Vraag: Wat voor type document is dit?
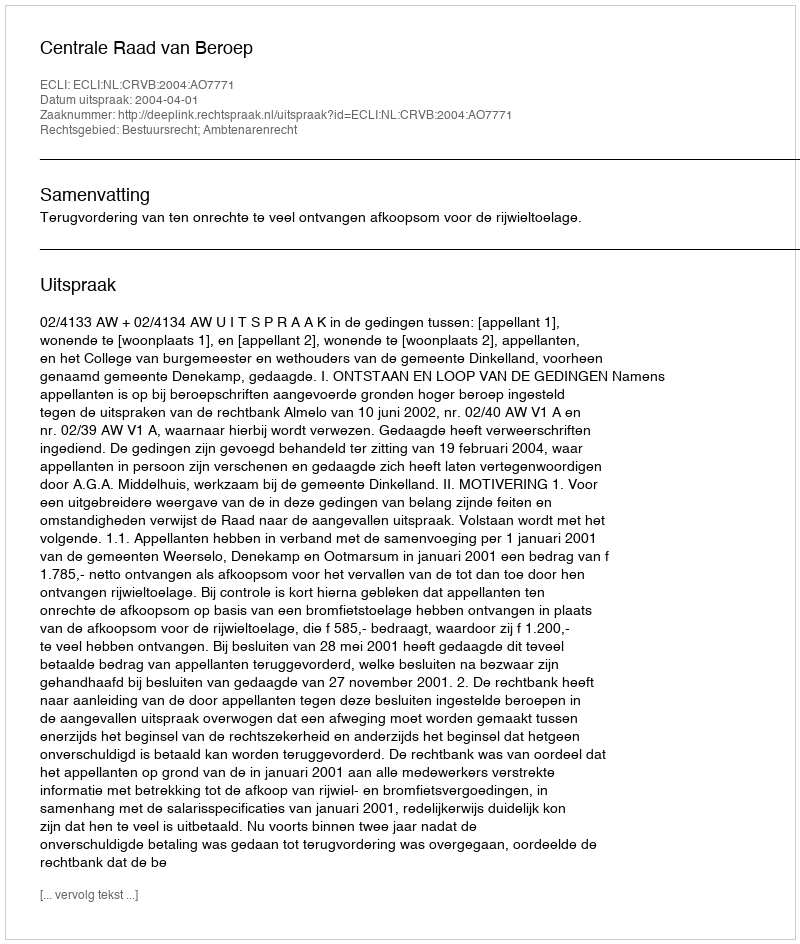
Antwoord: Uitspraak